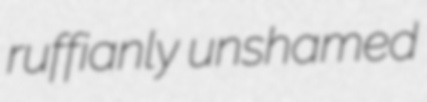
ruffianly unshamed